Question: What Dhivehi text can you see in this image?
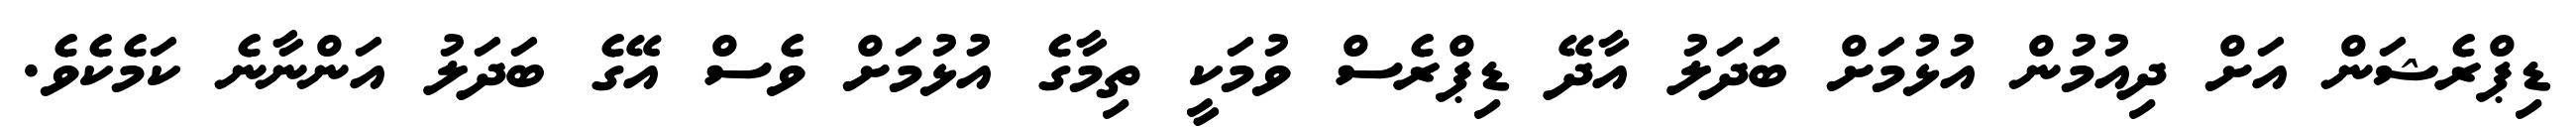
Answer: ޑިޕްރެޝަން އަށް ދިއުމުން އުޅުމަށް ބަދަލު އާދޭ ޑިޕްރެސް ވުމަކީ ތިމާގެ އުޅުމަށް ވެސް އޭގެ ބަދަލު އަންނާނެ ކަމެކެވެ.